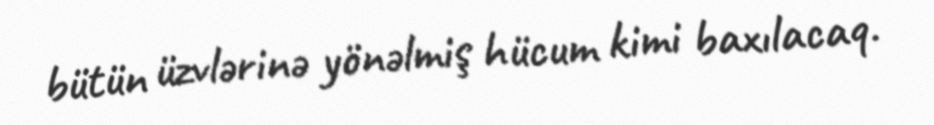
bütün üzvlərinə yönəlmiş hücum kimi baxılacaq.